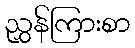
ညွှန်ကြားစာ